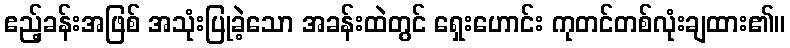
ဧည့်ခန်းအဖြစ် အသုံးပြုခဲ့သော အခန်းထဲတွင် ရှေးဟောင်း ကုတင်တစ်လုံးချထား၏။